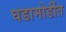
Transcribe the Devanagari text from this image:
घडामोडींत